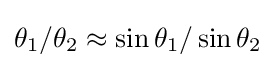
\theta _{1}/\theta _{2}\approx \sin \theta _{1}/\sin \theta _{2}